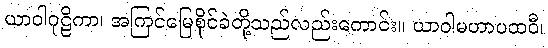
ယာဝါဂုဠိကာ၊ အကြင်မြေစိုင်ခဲတို့သည်လည်းကောင်း။ ယာဝါမဟာပထဝီ၊